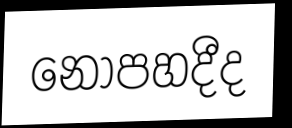
නොපහදීද